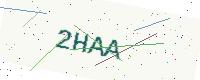
Text: 2HAA